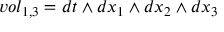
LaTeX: v o l _ { 1 , 3 } = d t \wedge d x _ { 1 } \wedge d x _ { 2 } \wedge d x _ { 3 }